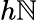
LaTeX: h\mathbb{N}